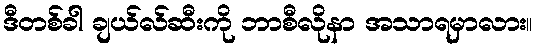
ဒီတစ်ခါ ချယ်လ်ဆီးကို ဘာစီလိုနာ အသာရမှာလား။